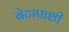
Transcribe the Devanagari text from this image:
बेटापाशी